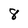
Character: 8